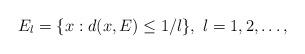
LaTeX: \begin{align*}E_l = \{ x : d ( x, E ) \leq 1/l \}, \, \, l = 1, 2, \dots, \end{align*}